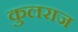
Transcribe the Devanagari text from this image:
कुलराज